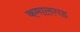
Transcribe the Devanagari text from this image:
कमालगड